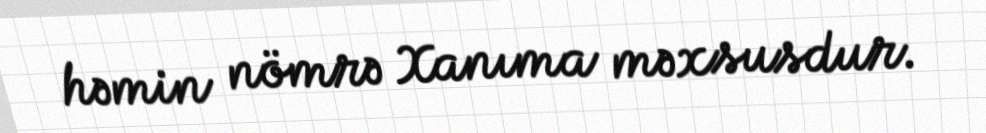
həmin nömrə Xanıma məxsusdur.